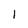
Character: I